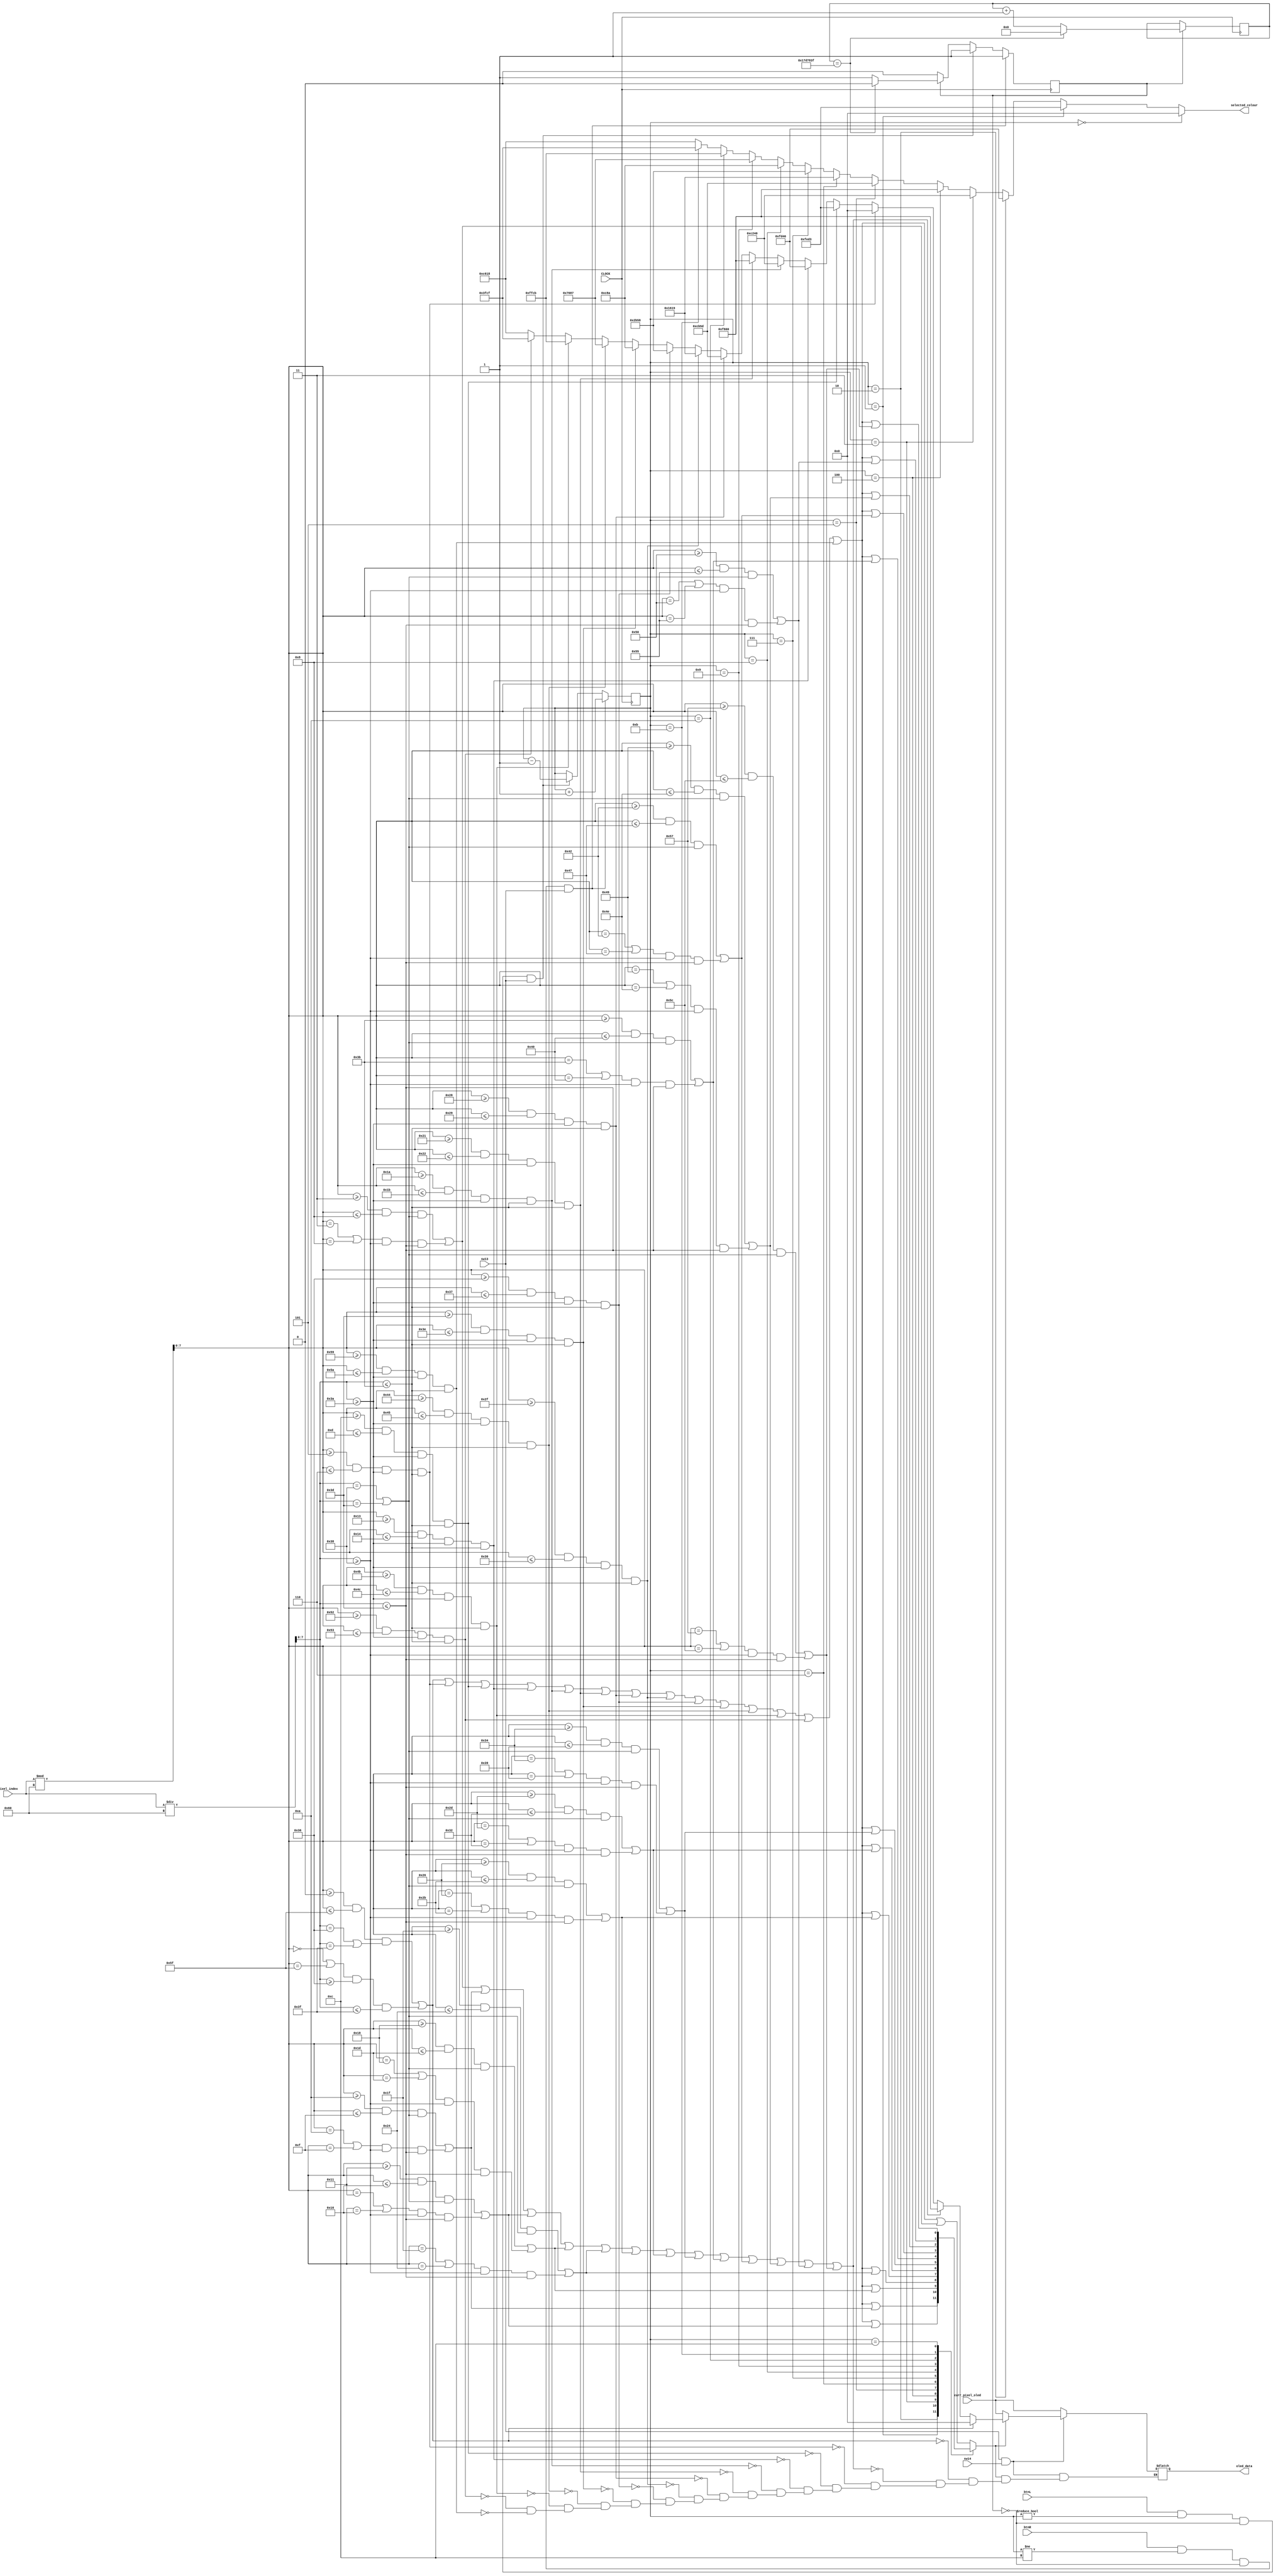
`timescale 1ns / 1ps
//////////////////////////////////////////////////////////////////////////////////
// Company: 
// Engineer: 
// 
// Design Name: 
// Module Name: colourpalette
// Project Name: 
// Target Devices: 
// Tool Versions: 
// Description: 
// 
// Dependencies: 
// 
// Revision:
// Revision 0.01 - File Created
// Additional Comments:
// 
//////////////////////////////////////////////////////////////////////////////////


module colourpalette(
    input [12:0] pixel_index, 
    input CLOCK, sw13, sw14, btnR, btnL,
    input [15:0] curr_pixel_oled,
    output reg [15:0] oled_data,
    output [15:0] selected_colour 
    );
    
     parameter BLACK = 16'b0;
     parameter WHITE = ~BLACK;
     parameter LIGHT_YELLOW = 16'b11111_111111_10011;    //255, 255, 153 -> 32, 64, 19.125
     parameter YELLOW1 = 16'b11111_111111_01101;      //255, 255, 102 -> 32, 64, 12.75
     parameter DARK_YELLOW = 16'b11001_110011_00000;        //204, 204, 0 -> 25.5, 51, 0
     
     parameter BEIGE = 16'b1111111011010011;
     parameter ORANGE = 16'b11111_101010_00110;
     parameter BROWN = 16'b11000_010010_00000;
     parameter RED = 16'b11111_000000_00000;
     parameter PURPLE = 16'b11001_011010_11101;
     parameter TURQUOISE = 16'b00010_110000_11001;
     parameter BLUE = 16'b00101_011010_11000;
     parameter GREEN = 16'b00001_100100_01010;
     parameter LIGHT_GREEN = 16'b01110_110100_00111;
     parameter YELLOW = 16'b11111_111110_01011;
     parameter DARK_GREY = 16'b01111_11110_01111;
     parameter GREY = 16'b11000_110000_11000;
    
    reg [3:0] state = 0;
    wire [7:0] x = pixel_index % 96;
    wire [7:0] y = pixel_index / 96;

    assign selected_colour = (state == 0) ? BLACK :
                             (state == 1) ? BEIGE :
                             (state == 2) ? ORANGE:
                             (state == 3) ? BROWN:
                             (state == 4) ? RED:
                             (state == 5) ? PURPLE:
                             (state == 6) ? TURQUOISE:
                             (state == 7) ? BLUE:
                             (state == 8) ? GREEN:
                             (state == 9) ? LIGHT_GREEN:
                             (state == 10) ? YELLOW:
                             (state == 11) ? DARK_GREY:
                             GREY;
    wire [15:0] colourmenudisp [0:12];
    
    wire [12:0] box;
    assign box[0] = ((x >= 3 && x <= 8 && (y == 56 || y == 61)) || (x == 3 || x == 8) && y >= 56 && y <= 61);
    assign box[1] = ((x >= 10 && x <= 15 && (y == 56 || y == 61)) || (x == 10 || x == 15) && y >= 56 && y <= 61);
    assign box[2] = ((x >= 17 && x <= 22 && (y == 56 || y == 61)) || (x == 17 || x == 22) && y >= 56 && y <= 61);
    assign box[3] = ((x >= 24 && x <= 29 && (y == 56 || y == 61)) || (x == 24 || x == 29) && y >= 56 && y <= 61);
    assign box[4] = ((x >= 31 && x <= 36 && (y == 56 || y == 61)) || (x == 31 || x == 36) && y >= 56 && y <= 61);
    assign box[5] = ((x >= 38 && x <= 43 && (y == 56 || y == 61)) || (x == 38 || x == 43) && y >= 56 && y <= 61);
    assign box[6] = ((x >= 45 && x <= 50 && (y == 56 || y == 61)) || (x == 45 || x == 50) && y >= 56 && y <= 61);
    assign box[7] = ((x >= 52 && x <= 57 && (y == 56 || y == 61)) || (x == 52 || x == 57) && y >= 56 && y <= 61);
    assign box[8] = ((x >= 59 && x <= 64 && (y == 56 || y == 61)) || (x == 59 || x == 64) && y >= 56 && y <= 61);
    assign box[9] = ((x >= 66 && x <= 71 && (y == 56 || y == 61)) || (x == 66 || x == 71) && y >= 56 && y <= 61);
    assign box[10] = ((x >= 73 && x <= 78 && (y == 56 || y == 61)) || (x == 73 || x == 78) && y >= 56 && y <= 61);
    assign box[11] = ((x >= 80 && x <= 85 && (y == 56 || y == 61)) || (x == 80 || x == 85) && y >= 56 && y <= 61);
    assign box[12] = ((x >= 87 && x <= 92 && (y == 56 || y == 61)) || (x == 87 || x == 92) && y >= 56 && y <= 61);
    
    wire bigbox;
    assign bigbox = ((x >= 0 && x <= 95 && (y == 54 || y == 63)) || ((x == 0 || x == 95) && y >= 54 && y <= 63));
    
    wire [12:0] colour;
    assign colour[0] = (x >= 5 && x <= 6 && y >= 58 && y <= 59);
    assign colour[1] = (x >= 12 && x <= 13 && y >= 58 && y <= 59);
    assign colour[2] = (x >= 19 && x <= 20 && y >= 58 && y <= 59);
    assign colour[3] = (x >= 26 && x <= 27 && y >= 58 && y <= 59);
    assign colour[4] = (x >= 33 && x <= 34 && y >= 58 && y <= 59); 
    assign colour[5] = (x >= 40 && x <= 41 && y >= 58 && y <= 59);
    assign colour[6] = (x >= 47 && x <= 48 && y >= 58 && y <= 59);
    assign colour[7] = (x >= 54 && x <= 55 && y >= 58 && y <= 59);
    assign colour[8] = (x >= 61 && x <= 62 && y >= 58 && y <= 59);
    assign colour[9] = (x >= 68 && x <= 69 && y >= 58 && y <= 59);
    assign colour[10] = (x >= 75 && x <= 76 && y >= 58 && y <= 59);
    assign colour[11] = (x >= 82 && x <= 83 && y >= 58 && y <= 59);
    assign colour[12] = (x >= 89 && x <= 90 && y >= 58 && y <= 59);
    
    assign colourmenudisp[0] = bigbox || colour[0] || colour[1] || colour[2] || colour[3] || colour[4] || colour[5] ||
                               colour[6] || colour[7] || colour[8] || colour[9] || colour[10] || colour[11] || colour[12] ||
                               box[0];
    assign colourmenudisp[1] = bigbox || colour[0] || colour[1] || colour[2] || colour[3] || colour[4] || colour[5] ||
                               colour[6] || colour[7] || colour[8] || colour[9] || colour[10] || colour[11] || colour[12] ||
                               box[1];
    assign colourmenudisp[2] = bigbox || colour[0] || colour[1] || colour[2] || colour[3] || colour[4] || colour[5] ||
                               colour[6] || colour[7] || colour[8] || colour[9] || colour[10] || colour[11] || colour[12] ||
                               box[2];
    assign colourmenudisp[3] = bigbox || colour[0] || colour[1] || colour[2] || colour[3] || colour[4] || colour[5] ||
                               colour[6] || colour[7] || colour[8] || colour[9] || colour[10] || colour[11] || colour[12] ||
                               box[3];                          
    assign colourmenudisp[4] = bigbox || colour[0] || colour[1] || colour[2] || colour[3] || colour[4] || colour[5] ||
                               colour[6] || colour[7] || colour[8] || colour[9] || colour[10] || colour[11] || colour[12] ||
                               box[4];                           
    assign colourmenudisp[5] = bigbox || colour[0] || colour[1] || colour[2] || colour[3] || colour[4] || colour[5] ||
                               colour[6] || colour[7] || colour[8] || colour[9] || colour[10] || colour[11] || colour[12] ||
                               box[5];
    assign colourmenudisp[6] = bigbox || colour[0] || colour[1] || colour[2] || colour[3] || colour[4] || colour[5] ||
                               colour[6] || colour[7] || colour[8] || colour[9] || colour[10] || colour[11] || colour[12] ||
                               box[6];                         
    assign colourmenudisp[7] = bigbox || colour[0] || colour[1] || colour[2] || colour[3] || colour[4] || colour[5] ||
                               colour[6] || colour[7] || colour[8] || colour[9] || colour[10] || colour[11] || colour[12] ||
                               box[7];
    assign colourmenudisp[8] = bigbox || colour[0] || colour[1] || colour[2] || colour[3] || colour[4] || colour[5] ||
                               colour[6] || colour[7] || colour[8] || colour[9] || colour[10] || colour[11] || colour[12] ||
                               box[8];
    assign colourmenudisp[9] = bigbox || colour[0] || colour[1] || colour[2] || colour[3] || colour[4] || colour[5] ||
                               colour[6] || colour[7] || colour[8] || colour[9] || colour[10] || colour[11] || colour[12] ||
                               box[9];
    assign colourmenudisp[10] = bigbox || colour[0] || colour[1] || colour[2] || colour[3] || colour[4] || colour[5] ||
                               colour[6] || colour[7] || colour[8] || colour[9] || colour[10] || colour[11] || colour[12] ||
                               box[10];                                                           
    assign colourmenudisp[11] = bigbox || colour[0] || colour[1] || colour[2] || colour[3] || colour[4] || colour[5] ||
                               colour[6] || colour[7] || colour[8] || colour[9] || colour[10] || colour[11] || colour[12] ||
                               box[11];                                                          
    assign colourmenudisp[12] = bigbox || colour[0] || colour[1] || colour[2] || colour[3] || colour[4] || colour[5] ||
                               colour[6] || colour[7] || colour[8] || colour[9] || colour[10] || colour[11] || colour[12] ||
                               box[12];                                                          
                                                              
   
    reg pressed = 0;
    reg [26:0] count = 0;
   
    always @(posedge CLOCK) begin
        if (pressed == 1) begin
            count <= (count == 24999999) ? 0 : count + 1;
            pressed <= (count == 24999999) ? 0 : 1;
        end
        if (btnR && state != 12 && pressed == 0 && sw13) begin
            state <= state + 1;
            pressed <= 1;
        end
        else if (btnL && state != 0 && pressed == 0 && sw13) begin
            state <= state - 1;
            pressed <= 1;
        end
    end
    
    always @(*) begin
        if (sw13 && sw14) begin
        if (colourmenudisp[state]) begin
            if (bigbox)
                oled_data <= BLACK;
            else if (box[0] || box[1] || box[2] || box[3] || box[4] || box[5] || box[6] || box[7] || box[8] || box[9] || box[10] || box[11] || box[12])
                oled_data <= RED; 
            else if (colour[0])
                oled_data <= BLACK;
            else if (colour[1])
                oled_data <= BEIGE;
            else if (colour[2])
                oled_data <= ORANGE;
            else if (colour[3])
                oled_data <= BROWN;
            else if (colour[4])
                oled_data <= RED;
            else if (colour[5])
                oled_data <= PURPLE;
            else if (colour[6])
                oled_data <= TURQUOISE;
            else if (colour[7])
                oled_data <= BLUE;
            else if (colour[8])
                oled_data <= GREEN;
            else if (colour[9])
                oled_data <= LIGHT_GREEN;
            else if (colour[10])
                oled_data <= YELLOW;
            else if (colour[11])
                oled_data <= DARK_GREY;
            else if (colour[12])
                oled_data <= GREY;
                
        end
        else
            oled_data <= curr_pixel_oled;   //whatever is on the drawing board
        end
        else
            oled_data <= curr_pixel_oled; //whatever is on the drawing board
    end
    
     
endmodule